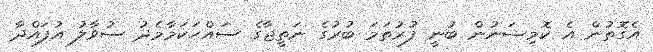
އެގޮތުން އެ ކޮމިޝަނުން ބުނީ ފުރުތަމަ ބުރުގެ ނަތީޖާގެ ސައްހަކަމާމެދު ސުވާލު އުފައްދާ